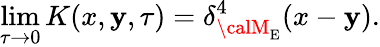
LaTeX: \operatorname*{lim}_{\tau\to0}K(x,\mathbf{y},\tau)=\delta_{{\calM}_{\mathrm{{E}}}}^{4}(x-\mathbf{y}).